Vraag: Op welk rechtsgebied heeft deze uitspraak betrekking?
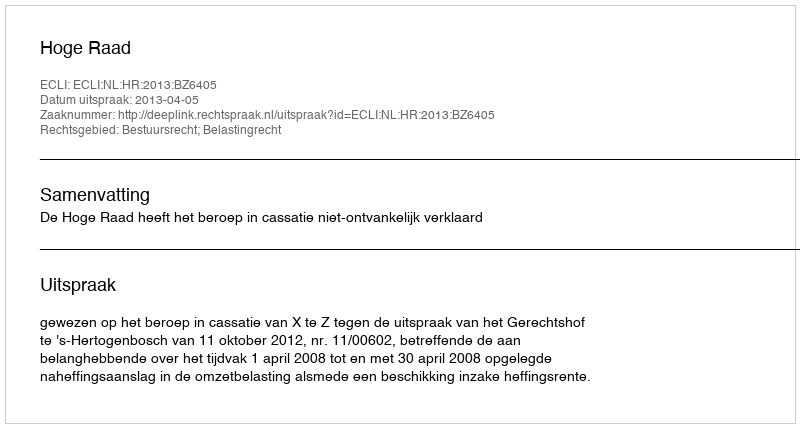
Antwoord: Bestuursrecht; Belastingrecht